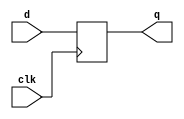
// This program was cloned from: https://github.com/VerticalResearchGroup/miaow
// License: BSD 3-Clause "New" or "Revised" License

module flop (q, d, clk);

   output         q;
   input          d;
   input          clk;
   reg            state;

   assign q = state;

   always @(posedge clk)
   begin
      state <= d;
   end

`ifdef dump_flops
   always @(posedge gpu_tb.rst)
   begin
      if ($test$plusargs("dump_flops"))
      begin
         $display("%m.state");
      end
   end
`endif
endmodule